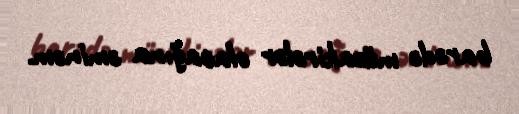
barədə müzakirələr olacağına əminəm.